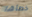
خطأها